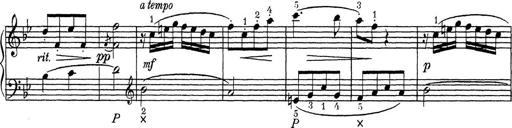
Title: ÄŒeskÃ© Sonatiny
Composer: Various